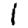
Digit: 1